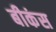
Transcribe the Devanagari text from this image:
बीकंस